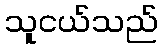
သူငယ်သည်